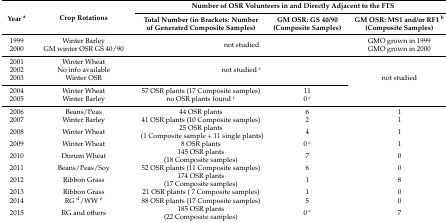
| <ROWSPAN=2> Year a | <ROWSPAN=2> Crop Rotations | <COLSPAN=3> Number of OSR Volunteers in and Directly Adjacent to the FTS |
 | Total Number (in Brackets: Number of Generated Composite Samples) | GM OSR: GS 40/90 (Composite Samples) | GM OSR: MS1 and/or RF1 b (Composite Samples) |
 | --- | --- | --- | --- | --- |
 | 1999 | Winter Barley | <ROWSPAN=2-COLSPAN=2> not studied | GMO grown in 1999 |
 | 2000 | GM winter OSR GS 40/90 | GMO grown in 2000 |
 | 2001 | Winter Wheat | <ROWSPAN=3-COLSPAN=2> not studied c | <ROWSPAN=5> not studied |
 | 2002 | No info available |
 | 2003 | Winter OSR |
 | 2004 | Winter Wheat | 57 OSR plants (17 Composite samples) | 11 |
 | 2005 | Winter Barley | no OSR plants found c | 0 c |
 | 2006 | Beans/Peas | 44 OSR plants | 6 | 1 |
 | 2007 | Winter Barley | 41 OSR plants (10 Composite samples) | 2 | 1 |
 | 2008 | Winter Wheat | 25 OSR plants (1 Composite sample + 11 single plants) | 4 | 1 |
 | 2009 | Winter Wheat | 8 OSR plants | 0 c | 1 |
 | 2010 | Durum Wheat | 145 OSR plants (18 Composite samples) | 7 | 0 |
 | 2011 | Beans/Peas/Soy | 52 OSR plants (11 Composite samples) | 6 | 0 |
 | 2012 | Ribbon Grass | 174 OSR plants (17 Composite samples) | 1 | 8 |
 | 2013 | Ribbon Grass | 21 OSR plants ( 7 Composite samples) | 1 | 0 |
 | 2014 | RG d/WW e | 88 OSR plants (17 Composite samples) | 5 | 0 |
 | 2015 | RG and others | 185 OSR plants (22 Composite samples) | 0 c | 7 |